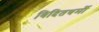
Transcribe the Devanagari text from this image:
विदितधर्मौ